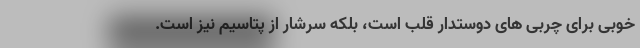
خوبی برای چربی های دوستدار قلب است، بلکه سرشار از پتاسیم نیز است.